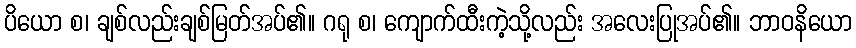
ပိယော စ၊ ချစ်လည်းချစ်မြတ်အပ်၏။ ဂရု စ၊ ကျောက်ထီးကဲ့သို့လည်း အလေးပြုအပ်၏။ ဘာဝနိယော